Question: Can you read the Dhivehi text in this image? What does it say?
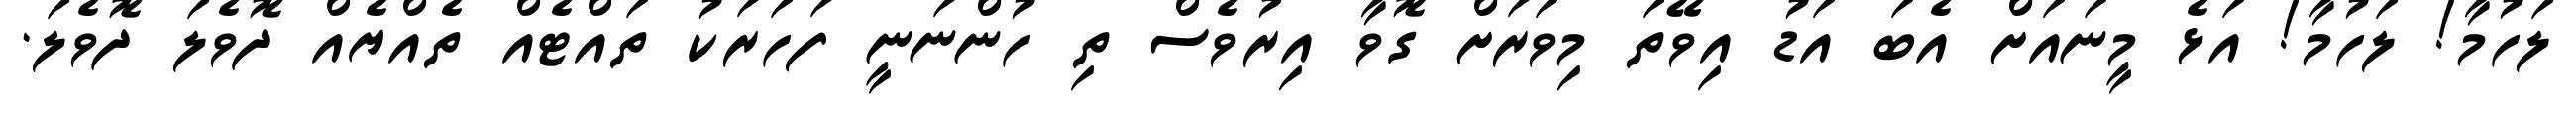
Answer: ލަހުމާ! ލަހުމާ! އަޅެ މީނައަށް އެބަ އަޑު އިވޭތަ މިވަރަށް ގޮވާ އިރުވެސް ތި ހުންނަނީ ފަހަރަކު ތައްޓެއް ތެއްޔެއް ދޮވެލަ ދޮވެލަ.